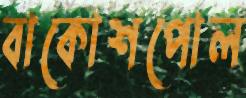
বাকোশপোল